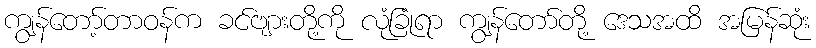
ကျွန်တော့်တာဝန်က ခင်ဗျားတို့ကို လုံခြုံရာ ကျွန်တော်တို့ ဒေသအထိ အမြန်ဆုံး